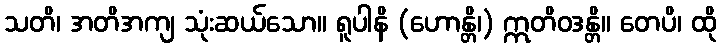
သတိ၊ အတိအကျ သုံးဆယ်သော။ ရူပါနိ (ဟောန္တိ၊) ဣတိဝဒန္တိ။ တေပိ၊ ထို